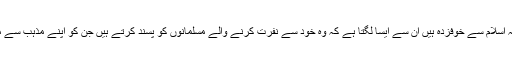
صرف ایسے ہی مسلمان جو کہ اسلام سے خوفزدہ ہیں ان سے ایسا لگتا ہے کہ وہ خود سے نفرت کرنے والے مسلمانوں کو پسند کرتے ہیں جن کو اپنے مذہب سے متعلقہ ہر چیز پر شرم آتی ہے۔